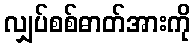
လျှပ်စစ်ဓာတ်အားကို